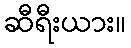
ဆီရီးယား။